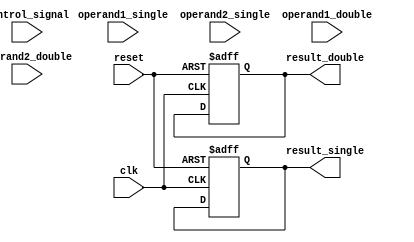
module fused_multiply_add (
    input wire clk,
    input wire reset,
    input wire [31:0] operand1_single,
    input wire [31:0] operand2_single,
    input wire [31:0] operand1_double,
    input wire [31:0] operand2_double,
    input wire [1:0] control_signal, // 00 for multiplication, 01 for addition
    output reg [31:0] result_single,
    output reg [31:0] result_double
);

reg [31:0] multiplier_output;
reg [31:0] adder_output;
reg [31:0] shifter_output;

always @(posedge clk or posedge reset) begin
    if (reset) begin
        multiplier_output <= 0;
        adder_output <= 0;
        shifter_output <= 0;
        result_single <= 0;
        result_double <= 0;
    end else begin
        if (control_signal == 2'b00) begin
            multiplier_output <= operand1_single * operand2_single;
            adder_output <= 0;
        end else begin
            multiplier_output <= 0;
            adder_output <= operand1_single + operand2_single;
        end
        
        shifter_output <= // determine shift amount based on exponent of floating point numbers
        
        result_single <= shifter_output;
        
        // repeat the above logic for double-precision floating point numbers
    end
end

endmodule